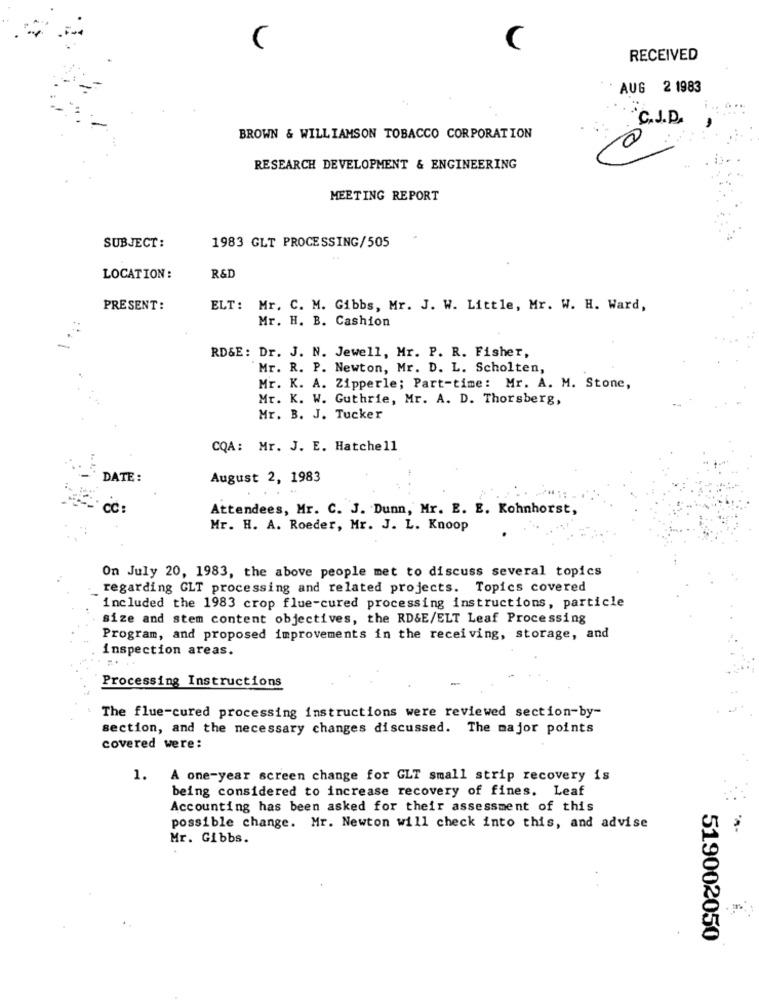
C
C
RECEIVED
AUG 2 1983
... 0
....
"C.J.D.
BROWN & WILLIAMSON TOBACCO CORPORATION
RESEARCH DEVELOPMENT & ENGINEERING
MEETING REPORT
SUBJECT :
1983 GLT PROCESSING/505
LOCATION:
R&D
PRESENT:
ELT: Mr. C. M. Gibbs, Mr. J. W. Little, Mr. W. H. Ward,
Mr. H. B. Cashion
RD&E: Dr. J. N. Jewell, Mr. P. R. Fisher,
Mr. R. P. Newton, Mr. D. L. Scholten,
Mr. K. A. Zipperle; Part-time: Mr. A. M. Stone,
Mr. K. W. Guthrie, Mr. A. D. Thorsberg,
Mr. B. J. Tucker
CQA: Mr. J. E. Hatchell
DATE :
August 2, 1983
Attendees, Mr. C. J. Dunn, Mr. E. E. Kohnhorst,
Mr. H. A. Roeder, Mr. J. L. Knoop
On July 20, 1983, the above people met to discuss several topics
regarding GLT processing and related projects. Topics covered
included the 1983 crop flue-cured processing instructions, particle
size and stem content objectives, the RD&E/ELT Leaf Processing
Program, and proposed improvements in the receiving, storage, and
inspection areas.
Processing Instructions
The flue-cured processing instructions were reviewed section-by-
section, and the necessary changes discussed. The major points
covered were:
1. A one-year screen change for GLT small strip recovery is
being considered to increase recovery of fines. Leaf
Accounting has been asked for their assessment of this
possible change. Mr. Newton will check into this, and advise
Mr. Gibbs.
519002050